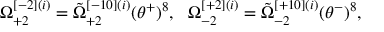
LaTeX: \Omega _ { + 2 } ^ { [ - 2 ] ( i ) } = \tilde { \Omega } _ { + 2 } ^ { [ - 1 0 ] ( i ) } ( \theta ^ { + } ) ^ { 8 } , \ \ \Omega _ { - 2 } ^ { [ + 2 ] ( i ) } = \tilde { \Omega } _ { - 2 } ^ { [ + 1 0 ] ( i ) } ( \theta ^ { - } ) ^ { 8 } ,